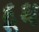
દૂઘ